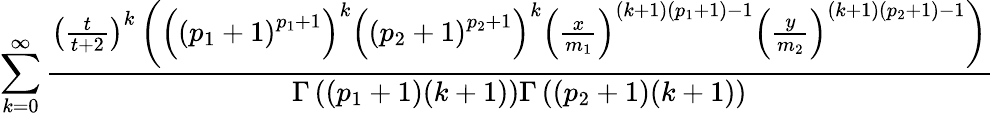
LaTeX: \sum_{k=0}^{\infty}\frac{\left(\frac{t}{t+2}\right)^{k}\left(\left(\left(p_{1}+1\right)^{p_{1}+1}\right)^{k}\left(\left(p_{2}+1\right)^{p_{2}+1}\right)^{k}\left(\frac{x}{m_{1}}\right)^{(k+1)\left(p_{1}+1\right)-1}\left(\frac{y}{m_{2}}\right)^{(k+1)\left(p_{2}+1\right)-1}\right)}{\Gamma\left(\left(p_{1}+1\right)(k+1)\right)\Gamma\left(\left(p_{2}+1\right)(k+1)\right)}